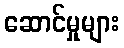
ဆောင်မှုများ